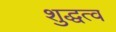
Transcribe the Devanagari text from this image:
शुद्धत्व